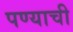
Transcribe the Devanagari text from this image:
पण्याची